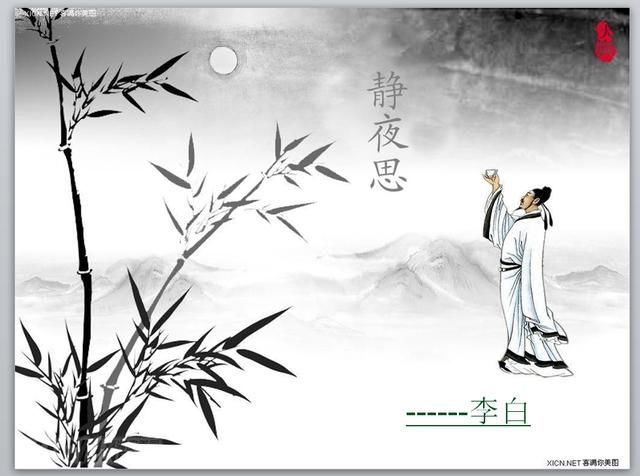
床前明月光，疑是地上霜。